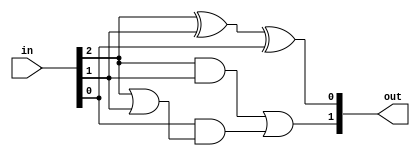
module top_module( 
    input [2:0] in,
    output [1:0] out );

    assign out[1] = (in[2]&in[1]) | (in[0]&(in[2]|in[1]));
    assign out[0] = in[2]^in[1]^in[0];
endmodule